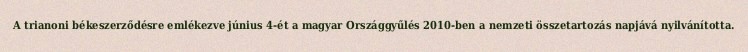
A trianoni békeszerződésre emlékezve június 4-ét a magyar Országgyűlés 2010-ben a nemzeti összetartozás napjává nyilvánította.